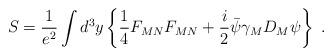
LaTeX: \begin{align*}S = \frac{1}{e^2} \int d^3 y \left\{\frac{1}{4} F_{MN} F_{MN} + \frac{i}{2} \bar\psi \gamma_M D_M \psi \right\}\ .\end{align*}